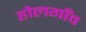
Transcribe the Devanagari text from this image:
होलगाँव